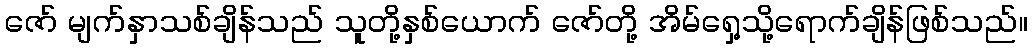
ဇော် မျက်နှာသစ်ချိန်သည် သူတို့နှစ်ယောက် ဇော်တို့ အိမ်ရှေ့သို့ရောက်ချိန်ဖြစ်သည်။